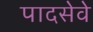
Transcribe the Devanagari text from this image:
पादसेवे